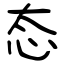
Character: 态